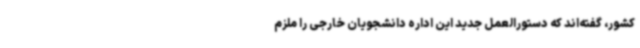
کشور، گفته‌اند که دستورالعمل جدید این اداره دانشجویان خارجی را ملزم